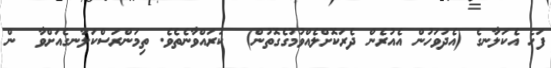
ފަހެ އެކަލާނގެ (އެދުވަހުން އެއުރެން ދެރަކޮށްލެއްވުމުގެގޮތުން)  ކުރައްވާނެތެވެ. ތިމަންރަސްކަލާނގެއަށްވާ  ން